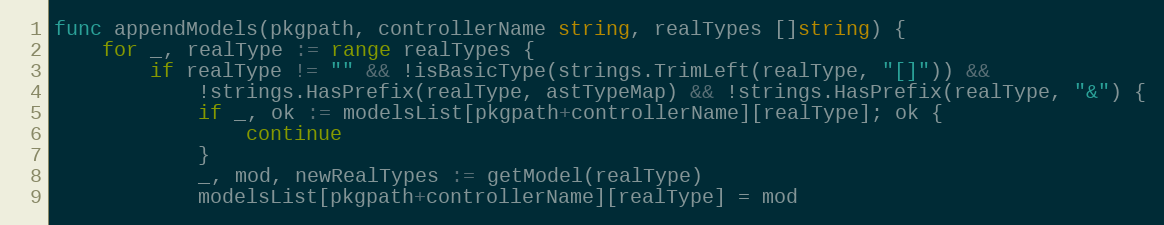
Language: Go
func appendModels(pkgpath, controllerName string, realTypes []string) {
	for _, realType := range realTypes {
		if realType != "" && !isBasicType(strings.TrimLeft(realType, "[]")) &&
			!strings.HasPrefix(realType, astTypeMap) && !strings.HasPrefix(realType, "&") {
			if _, ok := modelsList[pkgpath+controllerName][realType]; ok {
				continue
			}
			_, mod, newRealTypes := getModel(realType)
			modelsList[pkgpath+controllerName][realType] = mod